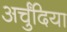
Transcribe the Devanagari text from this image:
अर्चुंदिया